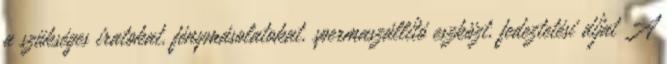
a szükséges iratokat, fénymásolatokat, spermaszállító eszközt, fedeztetési díjat A